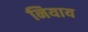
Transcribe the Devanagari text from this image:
नियाय